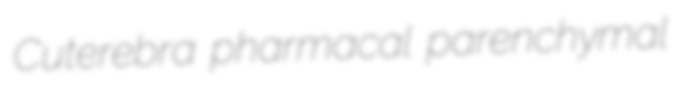
Cuterebra pharmacal parenchymal